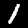
Label: 1